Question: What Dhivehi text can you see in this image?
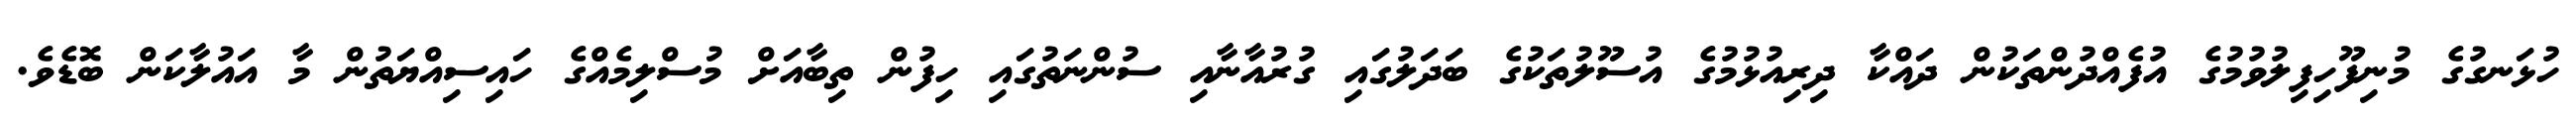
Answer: ހުޅަނގުގެ މުނިފޫހިފިލުވުމުގެ އުފެއްދުންތަކުން ދައްކާ ދިރިއުޅުމުގެ އުސޫލުތަކުގެ ބަދަލުގައި ގުރުއާނާއި ސުންނަތުގައި ހިފުން ތިބާއަށް މުސްލިމެއްގެ ހައިސިއްޔަތުން މާ އައުލާކަން ބޮޑެވެ.